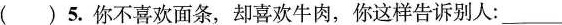
( )5.你不喜欢面条,却喜欢牛肉,你这样告诉别人: ___